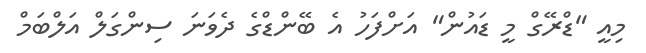
މިއީ "ޑްރޭގް މީ ޑައުން" އަށްފަހު އެ ބޭންޑްގެ ދެވަނަ ސިންގަލް އަލްބަމް